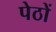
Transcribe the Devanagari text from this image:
पेठों